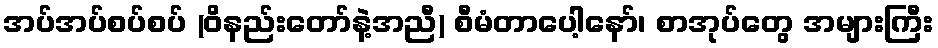
အပ်အပ်စပ်စပ် (ဝိနည်းတော်နဲ့အညီ) စီမံတာပေါ့နော်၊ စာအုပ်တွေ အများကြီး